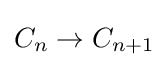
C_{n}\to C_{n+1}